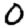
Digit: 0